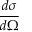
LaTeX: \frac { d \sigma } { d \Omega }